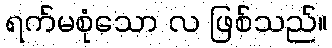
ရက်မစုံသော လ ဖြစ်သည်။